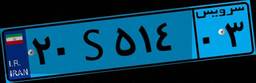
۲۰S۵۱۴۰۳